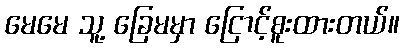
မေမေ သူ့ ခြေမမှာ ငြောင့်စူးထားတယ်။